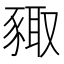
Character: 𧱛